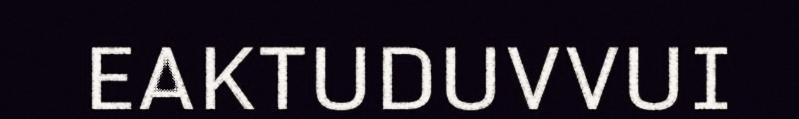
EAKTUDUVVUI